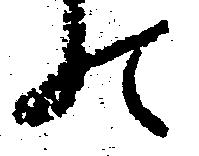
の